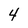
Character: 4